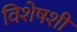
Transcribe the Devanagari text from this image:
विशेषशी